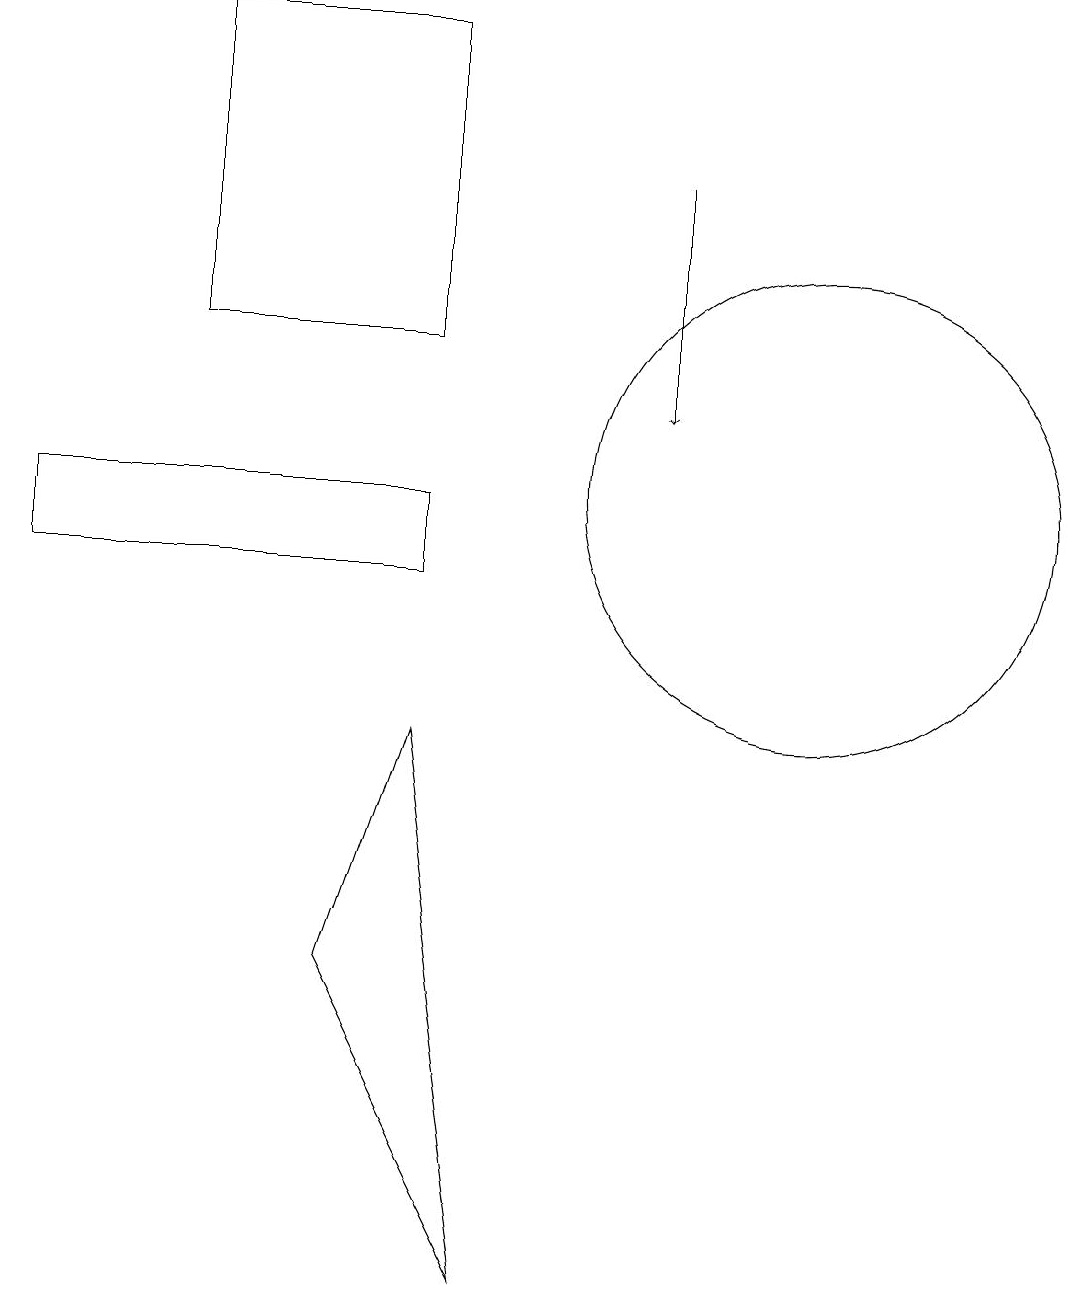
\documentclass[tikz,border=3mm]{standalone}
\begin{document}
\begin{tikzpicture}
\draw (6,2) -- (5,9) -- (4,6) -- cycle;
\draw (0,12) rectangle (5,11);
\draw (2,14) rectangle (5,18);
\draw[->] (8,16) -- (8,13);
\draw (10,12) circle (3);
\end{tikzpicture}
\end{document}